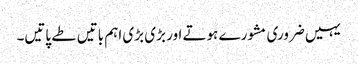
یہیں ضروری مشورے ہوتے اور بڑی بڑی اہم باتیں طے پاتیں۔